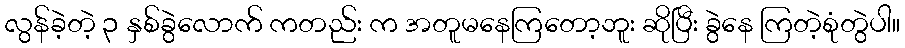
လွန်ခဲ့တဲ့ ၃ နှစ်ခွဲလောက် ကတည်း က အတူမနေကြတော့ဘူး ဆိုပြီး ခွဲနေ ကြတဲ့စုံတွဲပါ။